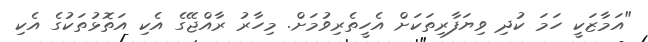
"އަމާޒަކީ ހަމަ ކުދި ވިޔަފާރިތަކަށް އެހީތެރިވުމަށް. މިހާރު ރާއްޖޭގެ އެކި އަތޮޅުތަކުގެ އެކި